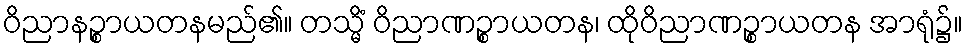
ဝိညာနဉ္စာယတနမည်၏။ တသ္မိံ ဝိညာဏဉ္စာယတန၊ ထိုဝိညာဏဉ္စာယတန အာရုံ၌။